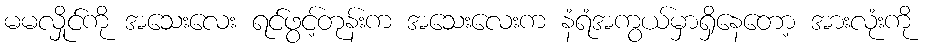
မမလှိုင်ကို အသေးလေး ရင်ဖွင့်တုန်းက အသေးလေးက နံရံအကွယ်မှာရှိနေတော့ အားလုံးကို